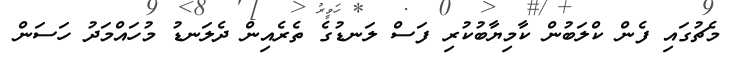
މެޗުގައި ފެން ކްލަބުން ކާމިޔާބުކުރި ފަސް ލަނޑުގެ ތެރެއިން ދެލަނޑު މުހައްމަދު ހަސަން